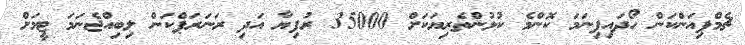
ޗެމްޕިއަންކަން ހޯދައިފިނަމަ ކޮންމެ ކުޅުންތެރިޔަކަށް 35000 ރުފިޔާ އަދި ރަނަރަޕްކަން ލިބިއްޖެނަމަ ޓީމަށް